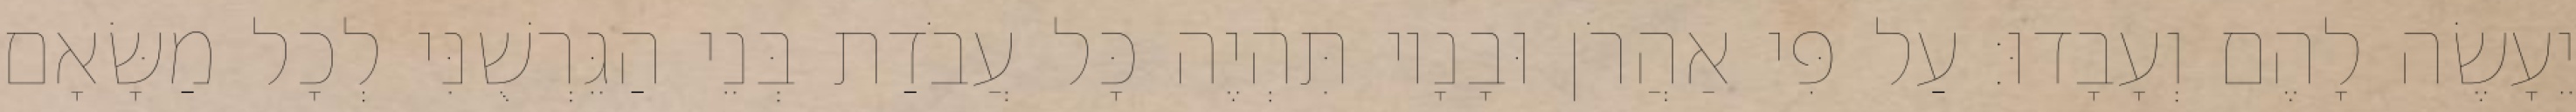
יֵעָשֶׂה לָהֶם וְעָבָדוּ׃ עַל פִּי אַהֲרֹן וּבָנָיו תִּהְיֶה כָּל עֲבֹדַת בְּנֵי הַגֵּרְשֻׁנִּי לְכָל מַשָּׂאָם